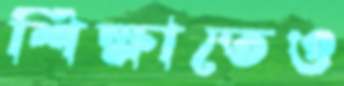
শিক্ষাতেও